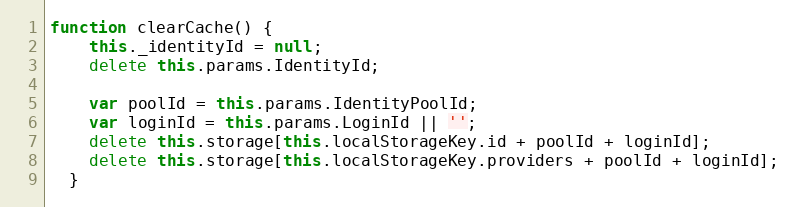
Language: JavaScript
function clearCache() {
    this._identityId = null;
    delete this.params.IdentityId;

    var poolId = this.params.IdentityPoolId;
    var loginId = this.params.LoginId || '';
    delete this.storage[this.localStorageKey.id + poolId + loginId];
    delete this.storage[this.localStorageKey.providers + poolId + loginId];
  }